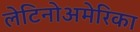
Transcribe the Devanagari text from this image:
लेटिनोअमेरिका